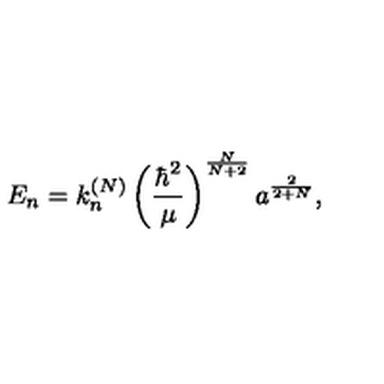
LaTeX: E _ { n } = k _ { n } ^ { ( N ) } \left( \frac { \hbar ^ { 2 } } \mu \right) ^ { \frac N { N + 2 } } a ^ { \frac 2 { 2 + N } } ,